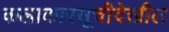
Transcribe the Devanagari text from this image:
कलाकारसूचीदेखील